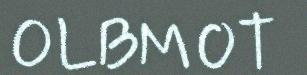
OLBMOT